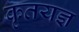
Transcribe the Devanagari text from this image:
कृतयज्ञ